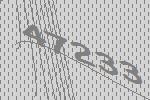
47233